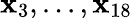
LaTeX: \mathbf{x}_{3},...,\mathbf{x}_{18}